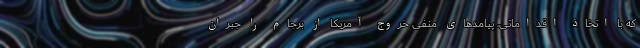
که با اتخاذ اقداماتی، پیامدهای منفی خروج آمریکا از برجام را جبران